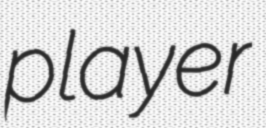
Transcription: player